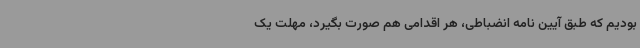
بودیم که طبق آیین نامه انضباطی، هر اقدامی هم صورت بگیرد، مهلت یک